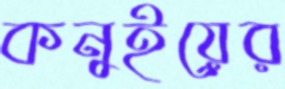
কনুইয়ের